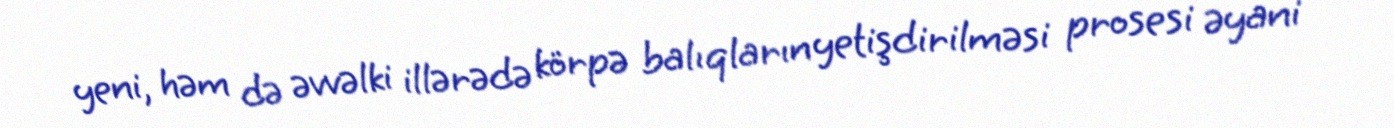
yeni, həm də əvvəlki illərədə körpə balıqların yetişdirilməsi prosesi əyani